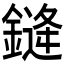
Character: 𰽂